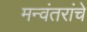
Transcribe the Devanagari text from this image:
मन्वंतरांचे